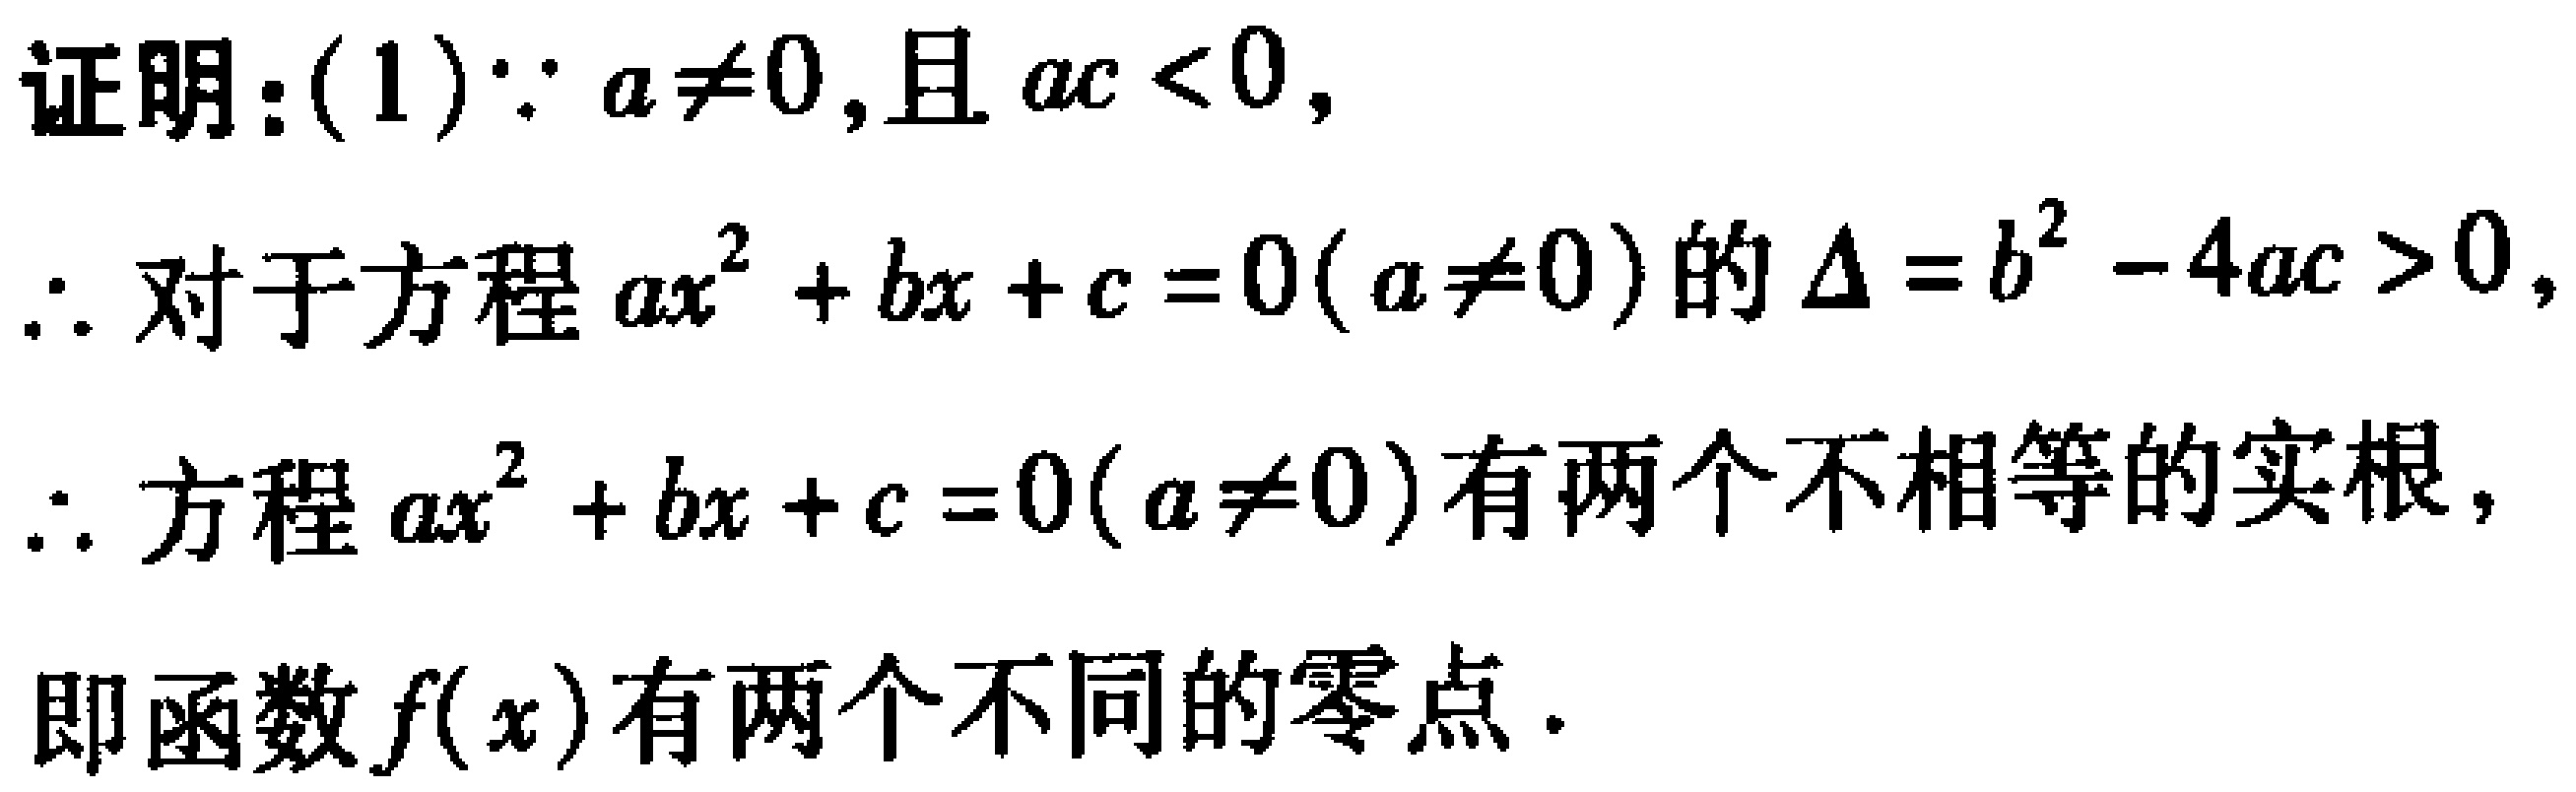
证明：(1)$\because a\neq0$,且$ac < 0$,

$\therefore$对于方程$ax^{2}+bx + c = 0(a\neq0)$的$\Delta = b^{2}-4ac>0$,

$\therefore$方程$ax^{2}+bx + c = 0(a\neq0)$有两个不相等的实根,

$\therefore$函数$f(x)$有两个不同的零点.